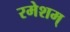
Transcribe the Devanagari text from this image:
रमेशम्